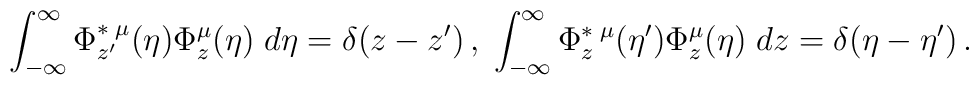
\int_{-\infty }^{\infty }\Phi _{z^{\prime }}^{\ast \;\mu }(\eta )\Phi_{z}^{\mu }(\eta )\;d\eta =\delta (z-z^{\prime })\,,\;\int_{-\infty}^{\infty }\Phi _{z}^{\ast \;\mu }(\eta ^{\prime })\Phi _{z}^{\mu }(\eta)\;dz=\delta (\eta -\eta ^{\prime })\,.